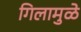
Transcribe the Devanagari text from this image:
गिलामुळे